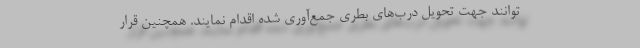
توانند جهت تحویل درب‌های بطری جمع‌آوری شده اقدام نمایند. همچنین قرار